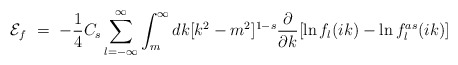
\begin{align*}{\cal E} _f\ =\ - \frac 14 C_s \sum_{l=-\infty}^\infty\int^\infty_m dk [k^2 -m^2]^{1-s} \frac{\partial}{\partial k} [\ln f_l(ik)- \ln f^{as}_l(ik)]\end{align*}